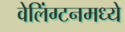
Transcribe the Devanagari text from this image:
वेलिंग्टनमध्ये